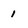
Character: 1